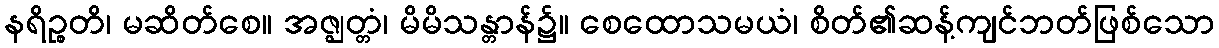
နရိဉ္စတိ၊ မဆိတ်စေ။ အဇ္ဈတ္တံ၊ မိမိသန္တာန်၌။ စေထောသမယံ၊ စိတ်၏ဆန့်ကျင်ဘတ်ဖြစ်သော